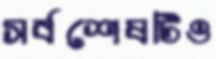
সর্বশেষটিও